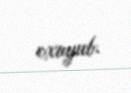
oxuyub.